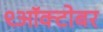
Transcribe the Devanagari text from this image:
९ऑक्टोबर